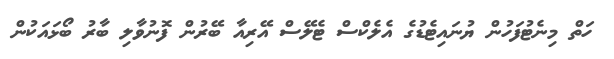
ހަތް މިނެޓުފަހުން ޔުނައިޓެޑުގެ އެލެކްސް ޓެލޭސް އޭރިއާ ބޭރުން ފޮނުވާލި ބާރު ބޯޅައަކުން